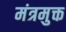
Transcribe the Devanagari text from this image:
मंत्रमुक्त